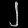
Digit: ၂